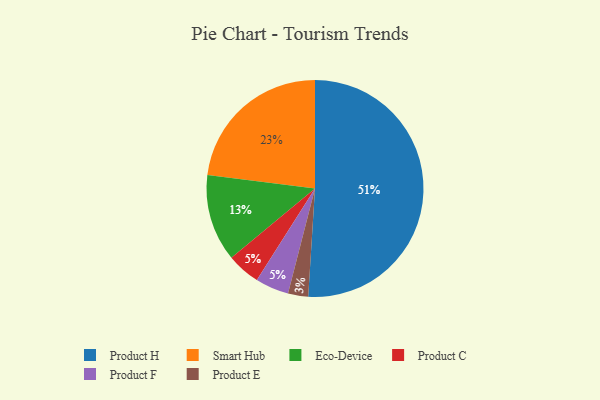
{"axis": {"x": "Category", "y": "Percentage"}, "legend": ["Eco-Device", "Product C", "Product E", "Product F", "Product H", "Smart Hub"], "data": [{"x": "Smart Hub", "y": 23, "type": "Smart Hub"}, {"x": "Product C", "y": 5, "type": "Product C"}, {"x": "Product H", "y": 51, "type": "Product H"}, {"x": "Product F", "y": 5, "type": "Product F"}, {"x": "Product E", "y": 3, "type": "Product E"}, {"x": "Eco-Device", "y": 13, "type": "Eco-Device"}]}